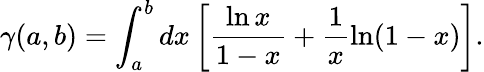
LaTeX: \gamma(a,b)=\int_{a}^{b}dx\left[\frac{\ln x}{1-x}+\frac{1}{x}\ln(1-x)\right].